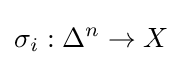
\sigma _{i}:\Delta ^{n}\to X